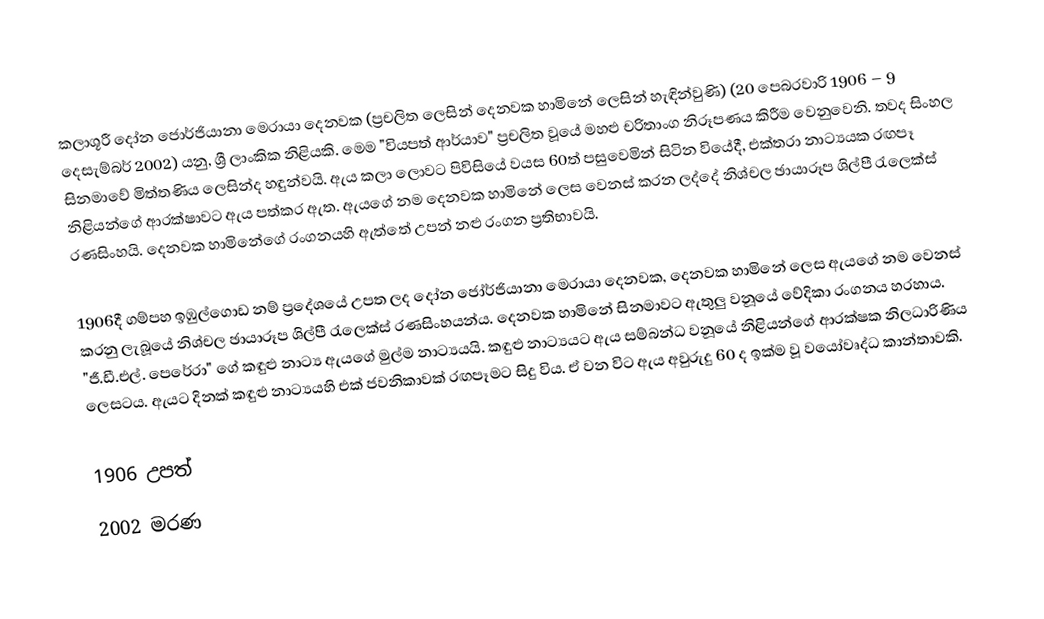
කලාශූරී දෝන ජොර්ජියානා මෙරායා දෙනවක (ප්‍රචලිත ලෙසින් දෙනවක හාමිනේ ලෙසින් හැඳින්වුණි) (20 පෙබරවාරි 1906 – 9 දෙසැම්බර් 2002) යනු,  ශ්‍රී ලාංකික නිළියකි. මෙම "වියපත් ආර්යාව" ප්‍රචලිත වූයේ මහළු  චරිතාංග නිරූපණය කිරීම වෙනුවෙනි. තවද සිංහල සිනමාවේ මිත්තණිය ලෙසින්ද හඳුන්වයි. ඇය කලා ලොවට පිවිසියේ වයස 60ත් පසුවෙමින් සිටින වියේදී, එක්තරා නාට්‍යයක රඟපෑ නිළියන්ගේ ආරක්ෂාවට ඇය පත්කර ඇත. ඇයගේ නම දෙනවක හාමිනේ ලෙස වෙනස් කරන ලද්දේ නිශ්චල ඡායාරූප ශිල්පී රැලෙක්ස් රණසිංහයි. දෙනවක හාමිනේගේ රංගනයහි ඇත්තේ උපන් නළු රංගන ප්‍රතිභාවයි.

1906දී ගම්පහ ඉඹුල්ගොඩ නම් ප්‍රදේශයේ උපත ලද දෝන ජෝර්ජියානා මෙරායා දෙනවක, දෙනවක හාමිනේ ලෙස ඇයගේ නම වෙනස් කරනු ලැබූයේ නිශ්චල ඡායාරූප ශිල්පී රැලෙක්ස් රණසිංහයන්ය. දෙනවක හාමිනේ සිනමාවට ඇතුලු වනූයේ වේදිකා රංගනය හරහාය. "ජී.ඩී.එල්. පෙරේරා" ගේ කඳුළු නාට්‍ය ඇයගේ මුල්ම නාට්‍යයයි. කඳුළු නාට්‍යයට ඇය සම්බන්ධ වනූයේ නිළියන්ගේ ආරක්ෂක නිලධාරිණිය ලෙසටය. ඇයට දිනක් කඳුළු නාට්‍යයහි එක් ජවනිකාවක් රඟපෑමට සිදු විය. ඒ වන විට ඇය අවුරුදු 60 ද ඉක්ම වූ වයෝවෘද්ධ කාන්තාවකි.

1906 උපත්
2002 මරණ